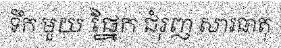
ទឹក មួយ ផ្នែក ជំរុញ សារធាតុ